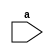
module oe(input a);
  task oef(input [3:0]x);
    if(x%2==0)begin
      $display("this is even number");
    end
    else begin
      $display("this is odd number");
    end
  endtask
  initial begin
    oef(9);
  end
endmodule